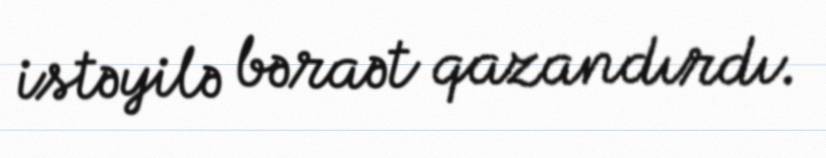
istəyilə bəraət qazandırdı.